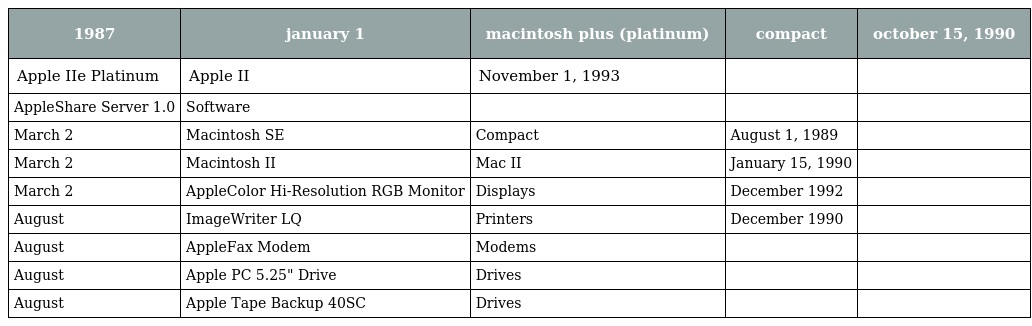
| 1987 | january 1 | macintosh plus (platinum) | compact | october 15, 1990 |
 | --- | --- | --- | --- | --- |
 | Apple IIe Platinum | Apple II | November 1, 1993 |  |  |
 | AppleShare Server 1.0 | Software |  |  |  |
 | March 2 | Macintosh SE | Compact | August 1, 1989 |  |
 | March 2 | Macintosh II | Mac II | January 15, 1990 |  |
 | March 2 | AppleColor Hi-Resolution RGB Monitor | Displays | December 1992 |  |
 | August | ImageWriter LQ | Printers | December 1990 |  |
 | August | AppleFax Modem | Modems |  |  |
 | August | Apple PC 5.25" Drive | Drives |  |  |
 | August | Apple Tape Backup 40SC | Drives |  |  |